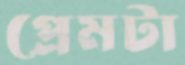
প্রেমটা